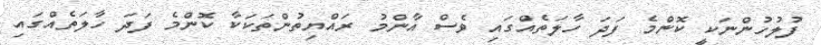
ފުލުހުންނަކީ ކޮންމެ ފަދަ ހާލަތެއްގައި ވެސް އާންމު ރައްޔިތުންތަކަކާ ކޮންމެ ފަދަ ހާލަތެއްގައި